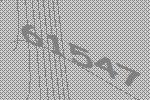
61547